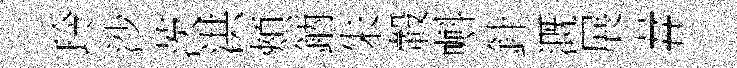
玲沙茨洪頰鈵朱轂㪺針溉展#